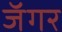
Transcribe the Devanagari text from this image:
जॅगर